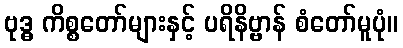
ဗုဒ္ဓ ကိစ္စတော်များနှင့် ပရိနိဗ္ဗာန် စံတော်မူပုံ။